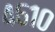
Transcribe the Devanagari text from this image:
४६१०